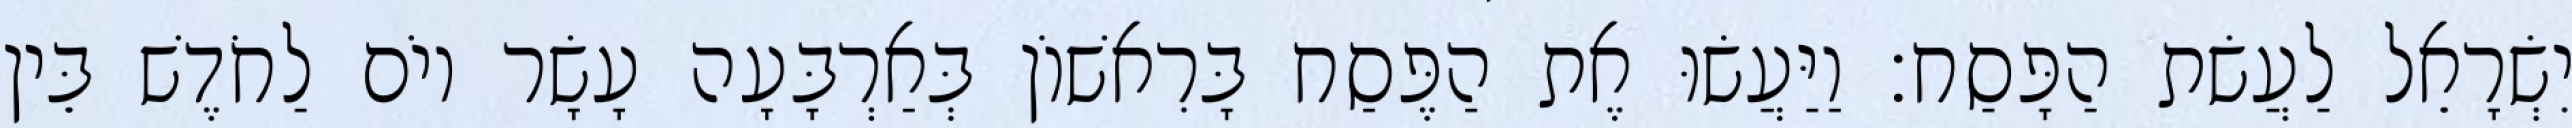
יִשְׂרָאֵל לַעֲשׂת הַפָּסַח׃ וַיַּעֲשׂוּ אֶת הַפֶּסַח בָּרִאשׁוֹן בְּאַרְבָּעָה עָשָׂר יוֹם לַחֹדֶשׁ בֵּין